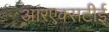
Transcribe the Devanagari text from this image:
आरएक्सटीई